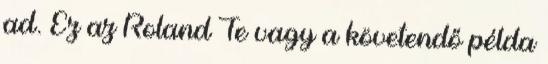
ad. Ez az Roland Te vagy a követendő példa